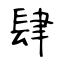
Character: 肆